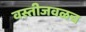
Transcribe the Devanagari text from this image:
वस्तीजवळच